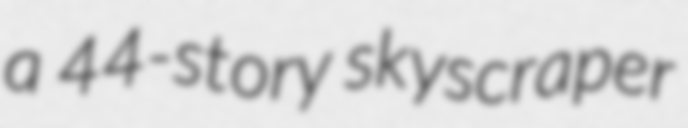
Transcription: a 44-story skyscraper